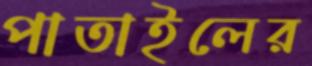
পাতাইলের